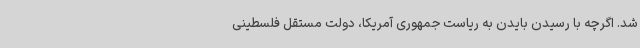
شد. اگرچه با رسیدن بایدن به ریاست جمهوری آمریکا، دولت مستقل فلسطینی